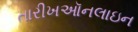
તારીખઑનલાઇન